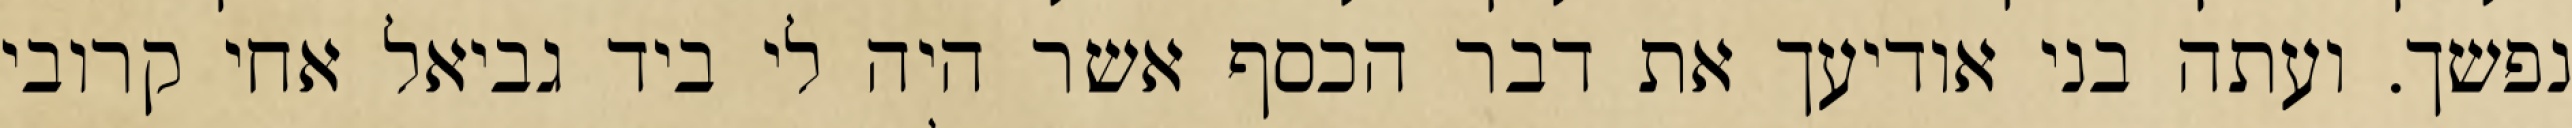
נפשך. ועתה בני אודיעך את דבר הכסף אשר היה לי ביד גביאל אחי קרובי